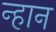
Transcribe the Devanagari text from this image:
न्हान